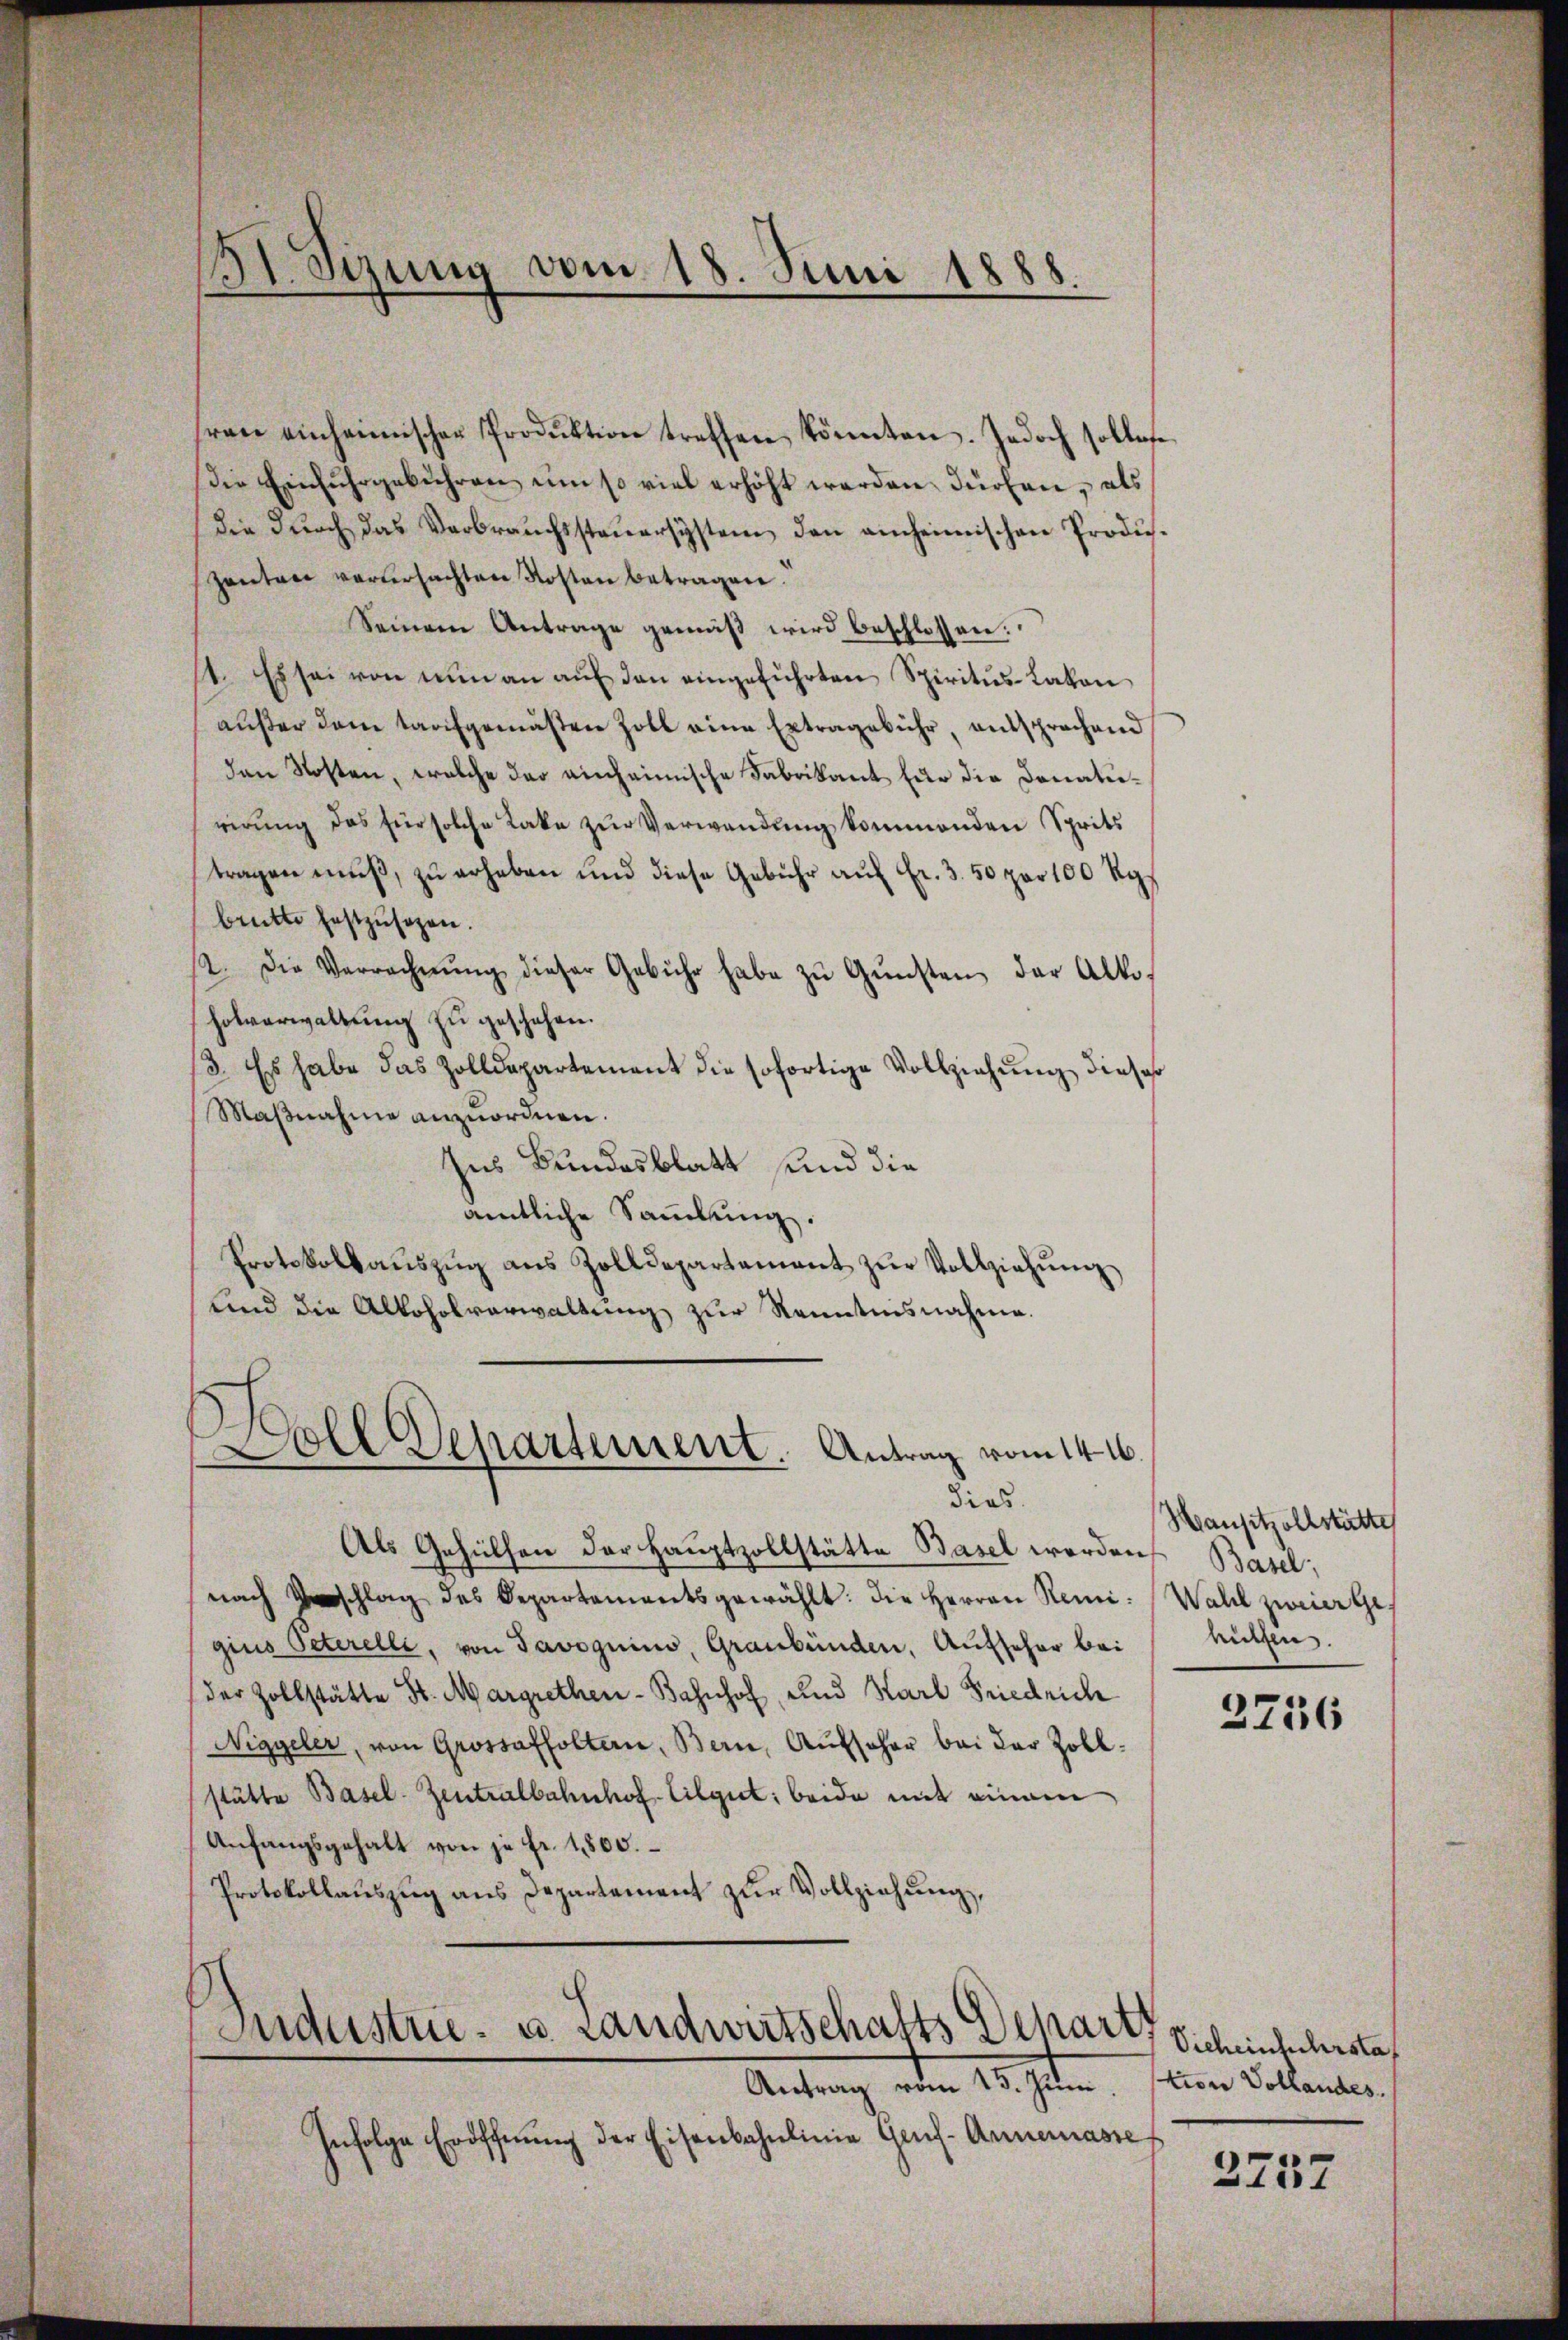
31. Sizung vom 18. Juni 1888

ren einheimischer Produktion treffen könnten. Jedoch sollose
Die Einfŭhrgebühren um so viel erhöht werden dürfen, als
die durch das Verbrauchssteuersystem den anheimischen Produzenten verursachten Kosten betragen.“
Seinem Antrage gemäß wird beschlossen:
1. Es sei von nŭn an aŭf den eingeführten Spiritus Lakon
aŭβer dem taufgemäßen Zoll eine Ertragebühr, entsprochend
den Kosten, welche der einheimische Fabrikant für die Donatirirung des für solche Lake zŭr Verwendung kommenden Sprits
tragen muß, zu erheben und diese Gebühr auf Fr. 3. 50 per 100 Rgbrütte festzŭsehen.
12. Die Verrecherŭng dieser Gebühr habe zŭ Gŭnsten der Altoholverwaltung zu geschehen.
13. Es habe das Zolldepartement die sofortige Vollziehung dieser
Maβnahme anzŭordnen.
hus Bundesblatt und die
amtliche Sammlung.
Protokollaŭszŭg ans Zolldepartement zŭr Vollziehŭng
und die Alkoholverwaltung zur Kenntnisnahme.

r
Doll Departement. Antrag vom 14.
dies

Als Gehülfen der Hauptzollstätte Basel werden
nach schlag des Departementsgewählt: die Herren Remi: Wahl zweier Gegius Peterelle, von Savoguins, Graubünden, Aufscher bei
der Zollstätte St. Margrethen-Bahnhof, und Karl Friedrich
Niggeler, von Grossaffolten, Bern, Aufscher bei der Zollstätte Basel- Zentralbahnhof. Tilgut; beide mit einem
Anfangsgehalt von je Fr. 1800.
Protokollauszug aus Departement zur Vollziehung,
Sudustrie- u. Landwirtschafts Schart
Antrag dem 15. Jten.
Infolge Eröffnŭng der Eisenbahnlinie Gens- Annemasse

Hansitzollstätte
Basel;
hütten.

2256

Vieheinfuhrsta
tivre Vollandes.

2737